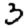
Digit: 3